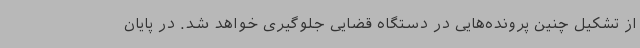
از تشکیل چنین پرونده‌هایی در دستگاه قضایی جلوگیری خواهد شد. در پایان